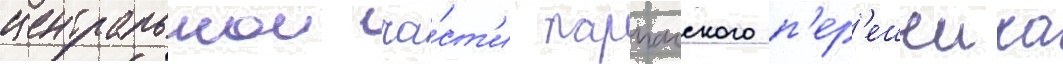
центральнои ча́ст'и парпачского п'ер'ешеика